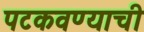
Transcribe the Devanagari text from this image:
पटकवण्याची